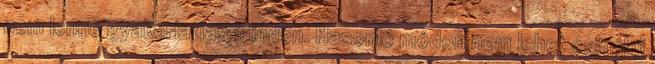
nem lenne gyakorlatias minden. Hasonló módon nem lehet csinálni